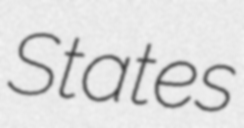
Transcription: States